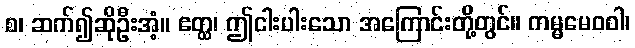
စ၊ ဆက်၍ဆိုဦးအံ့။ ဧတ္ထ၊ ဤငါးပါးသော အကြောင်းတို့တွင်။ ကမ္မမေဝဝါ၊